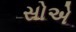
સોએ